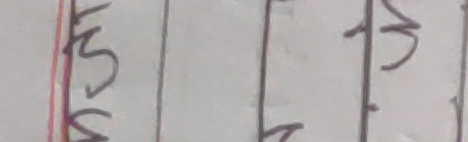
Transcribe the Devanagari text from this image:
खु